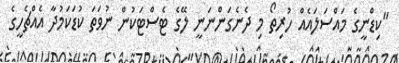
"ކިޑްނީގެ މައްސަލައެއް ހުރިތޯ މި ދެނެގަންނަނީ ލޭގެ ޓެސްޓަކުން ނުވަތަ ކުޑަކަމުދާ އެއްޗެހީގެ